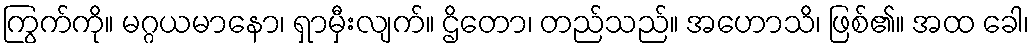
ကြွက်ကို။ မဂ္ဂယမာနော၊ ရှာမှီးလျက်။ ဌိတော၊ တည်သည်။ အဟောသိ၊ ဖြစ်၏။ အထ ခေါ၊